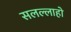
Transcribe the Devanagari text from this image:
सलल्लाहो